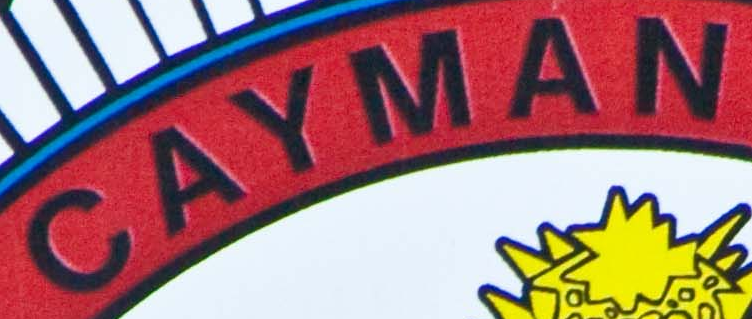
CAYMAN